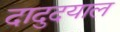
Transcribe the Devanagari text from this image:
दादुदयाल